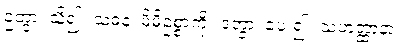
ဥတွာ၊ သိ၍။ သဓနံ၊ မိမိဥစ္စာကို။ ဒတွာ၊ ပေး၍။ သဟတ္ထာနာ၊